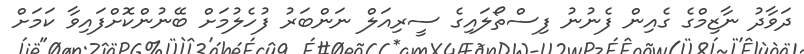
ދަވާދު ނާޒިމްގެ ގެއިން ފެނުނު ފިސްތޯލައިގެ ސީރިއަލް ނަންބަރު ފުހެލުމަށް ބޭނުންކޮށްފައިވާ ކަމަށް